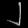
Digit: ၂